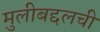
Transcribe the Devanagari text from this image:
मुलीबद्दलची